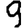
Digit: 9